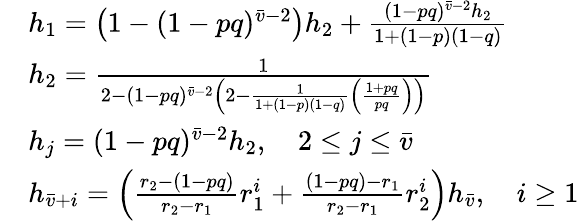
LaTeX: \begin{array}{rl}&{{h}_{1}=\left({1-(1-pq)^{\bar{v}-2}}\right){h}_{2}+\frac{(1-pq)^{\bar{v}-2}{h}_{2}}{1+(1-p)(1-q)}}\\ &{{h}_{2}=\frac{1}{2-(1-pq)^{\bar{v}-2}\left(2-\frac{1}{1+(1-p)(1-q)}\left(\frac{1+pq}{pq}\right)\right)}}\\ &{{h}_{j}=(1-pq)^{\bar{v}-2}{h}_{2},\quad 2\leq j\leq\bar{v}}\\ &{{h}_{\bar{v}+i}=\left(\frac{r_{2}-(1-pq)}{r_{2}-r_{1}}r_{1}^{i}+\frac{(1-pq)-r_{1}}{r_{2}-r_{1}}r_{2}^{i}\right){h}_{\bar{v}},\quad i\geq 1}\end{array}